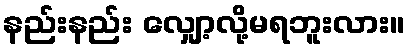
နည်းနည်း လျှော့လို့မရဘူးလား။